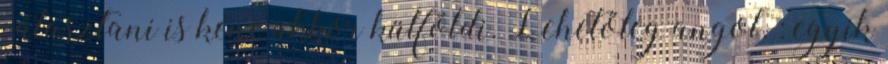
választani is kéne akkor külföldi. Lehetőleg angol. : egyik